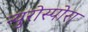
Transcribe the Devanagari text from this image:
न्युरोस्पोरा